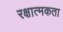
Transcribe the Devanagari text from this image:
रक्षात्मकता